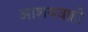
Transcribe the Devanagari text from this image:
आशयवाही